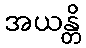
အယန္တိ